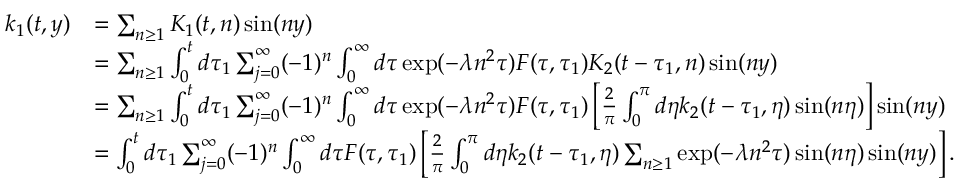
\begin{array} { r l } { k _ { 1 } ( t , y ) } & { = \sum _ { n \geq 1 } K _ { 1 } ( t , n ) \sin ( n y ) } \\ & { = \sum _ { n \geq 1 } \int _ { 0 } ^ { t } d \tau _ { 1 } \sum _ { j = 0 } ^ { \infty } ( - 1 ) ^ { n } \int _ { 0 } ^ { \infty } d \tau \exp ( - \lambda n ^ { 2 } \tau ) F ( \tau , \tau _ { 1 } ) K _ { 2 } ( t - \tau _ { 1 } , n ) \sin ( n y ) } \\ & { = \sum _ { n \geq 1 } \int _ { 0 } ^ { t } d \tau _ { 1 } \sum _ { j = 0 } ^ { \infty } ( - 1 ) ^ { n } \int _ { 0 } ^ { \infty } d \tau \exp ( - \lambda n ^ { 2 } \tau ) F ( \tau , \tau _ { 1 } ) \left[ \frac { 2 } { \pi } \int _ { 0 } ^ { \pi } d \eta k _ { 2 } ( t - \tau _ { 1 } , \eta ) \sin ( n \eta ) \right] \sin ( n y ) } \\ & { = \int _ { 0 } ^ { t } d \tau _ { 1 } \sum _ { j = 0 } ^ { \infty } ( - 1 ) ^ { n } \int _ { 0 } ^ { \infty } d \tau F ( \tau , \tau _ { 1 } ) \left[ \frac { 2 } { \pi } \int _ { 0 } ^ { \pi } d \eta k _ { 2 } ( t - \tau _ { 1 } , \eta ) \sum _ { n \geq 1 } \exp ( - \lambda n ^ { 2 } \tau ) \sin ( n \eta ) \sin ( n y ) \right] . } \end{array}